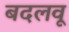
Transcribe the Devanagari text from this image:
बदलवू